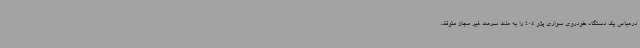
درعباس یک دستگاه خودروی سواری پژو 405 را به علت سرعت غیر مجاز متوقف